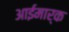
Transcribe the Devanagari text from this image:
आईमार्क